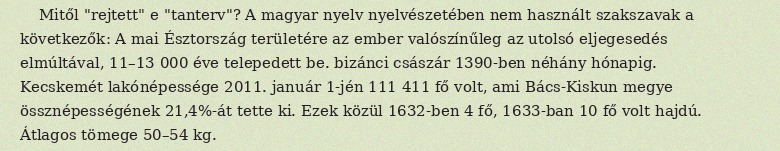
Mitől "rejtett" e "tanterv"? A magyar nyelv nyelvészetében nem használt szakszavak a következők: A mai Észtország területére az ember valószínűleg az utolsó eljegesedés elmúltával, 11–13 000 éve telepedett be. bizánci császár 1390-ben néhány hónapig. Kecskemét lakónépessége 2011. január 1-jén 111 411 fő volt, ami Bács-Kiskun megye össznépességének 21,4%-át tette ki. Ezek közül 1632-ben 4 fő, 1633-ban 10 fő volt hajdú. Átlagos tömege 50–54 kg.